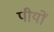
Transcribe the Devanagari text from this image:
पीयों